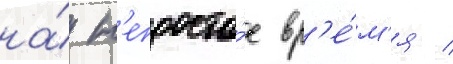
на́ н'епросто́е вр'е́м'я /